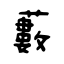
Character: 藪